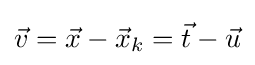
{\vec {v}}={\vec {x}}-{\vec {x}}_{k}={\vec {t}}-{\vec {u}}